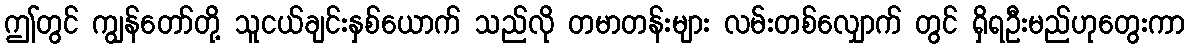
ဤတွင် ကျွန်တော်တို့ သူငယ်ချင်းနှစ်ယောက် သည်လို တမာတန်းများ လမ်းတစ်လျှောက် တွင် ရှိရဦးမည်ဟုတွေးကာ